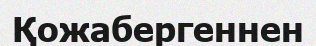
Қожабергеннен